Bombay plague: being a history of the progress of plague in the Bombay presidency from September 1896 to June 1899
Year: 1896
Disease focus: Plague
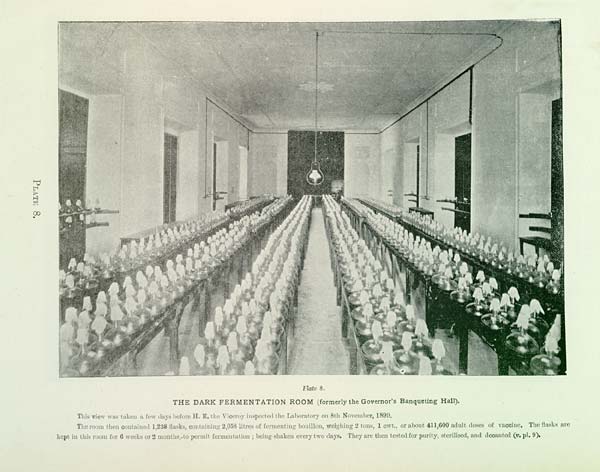
PLATE 8.
Plate 8.
THE DARK FERMENTATION ROOM (formerly the Governor's Banqueting Hall).
This view was taken a few days before H. E. the Viceroy inspected the Laboratory on 8th November, 1899.
The room then contained 1,238 flasks, containing 2,058 litres of fermenting bouillon, weighing 2 tons, 1 cwt., or about 411,600 adult doses of vaccine. The flasks are
kept in this room for 6 weeks or 2 months, to permit fermentation; being shaken every two days. They are then tested for purity, sterilised, and decanted (v. pl. 9).